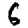
Digit: 6